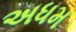
અધમ